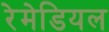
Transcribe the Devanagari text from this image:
रेमेडियल